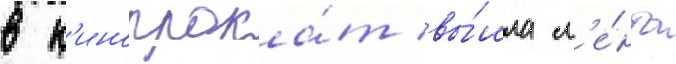
в к'инопрока́т вы́шла л'е́нта